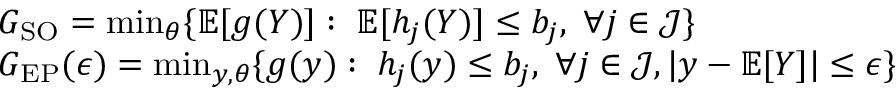
\begin{array} { r l } & { G _ { \mathrm { S O } } = \operatorname* { m i n } _ { \boldsymbol { \theta } } \{ \mathbb { E } [ g ( \boldsymbol { Y } ) ] : \; \mathbb { E } [ h _ { j } ( \boldsymbol { Y } ) ] \leq { b } _ { j } , \; \forall j \in \mathcal { J } \} } \\ & { G _ { \mathrm { E P } } ( \boldsymbol { \epsilon } ) = \operatorname* { m i n } _ { \boldsymbol { y } , \boldsymbol { \theta } } \{ g ( \boldsymbol { y } ) : \; h _ { j } ( \boldsymbol { y } ) \leq { b } _ { j } , \; \forall j \in \mathcal { J } , | { \boldsymbol { y } } - \mathbb { E } [ \boldsymbol { Y } ] | \leq \boldsymbol { \epsilon } \} } \end{array}